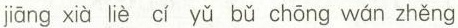
jiāng xià liè cí yǔ bǔ chōng wán zhěng